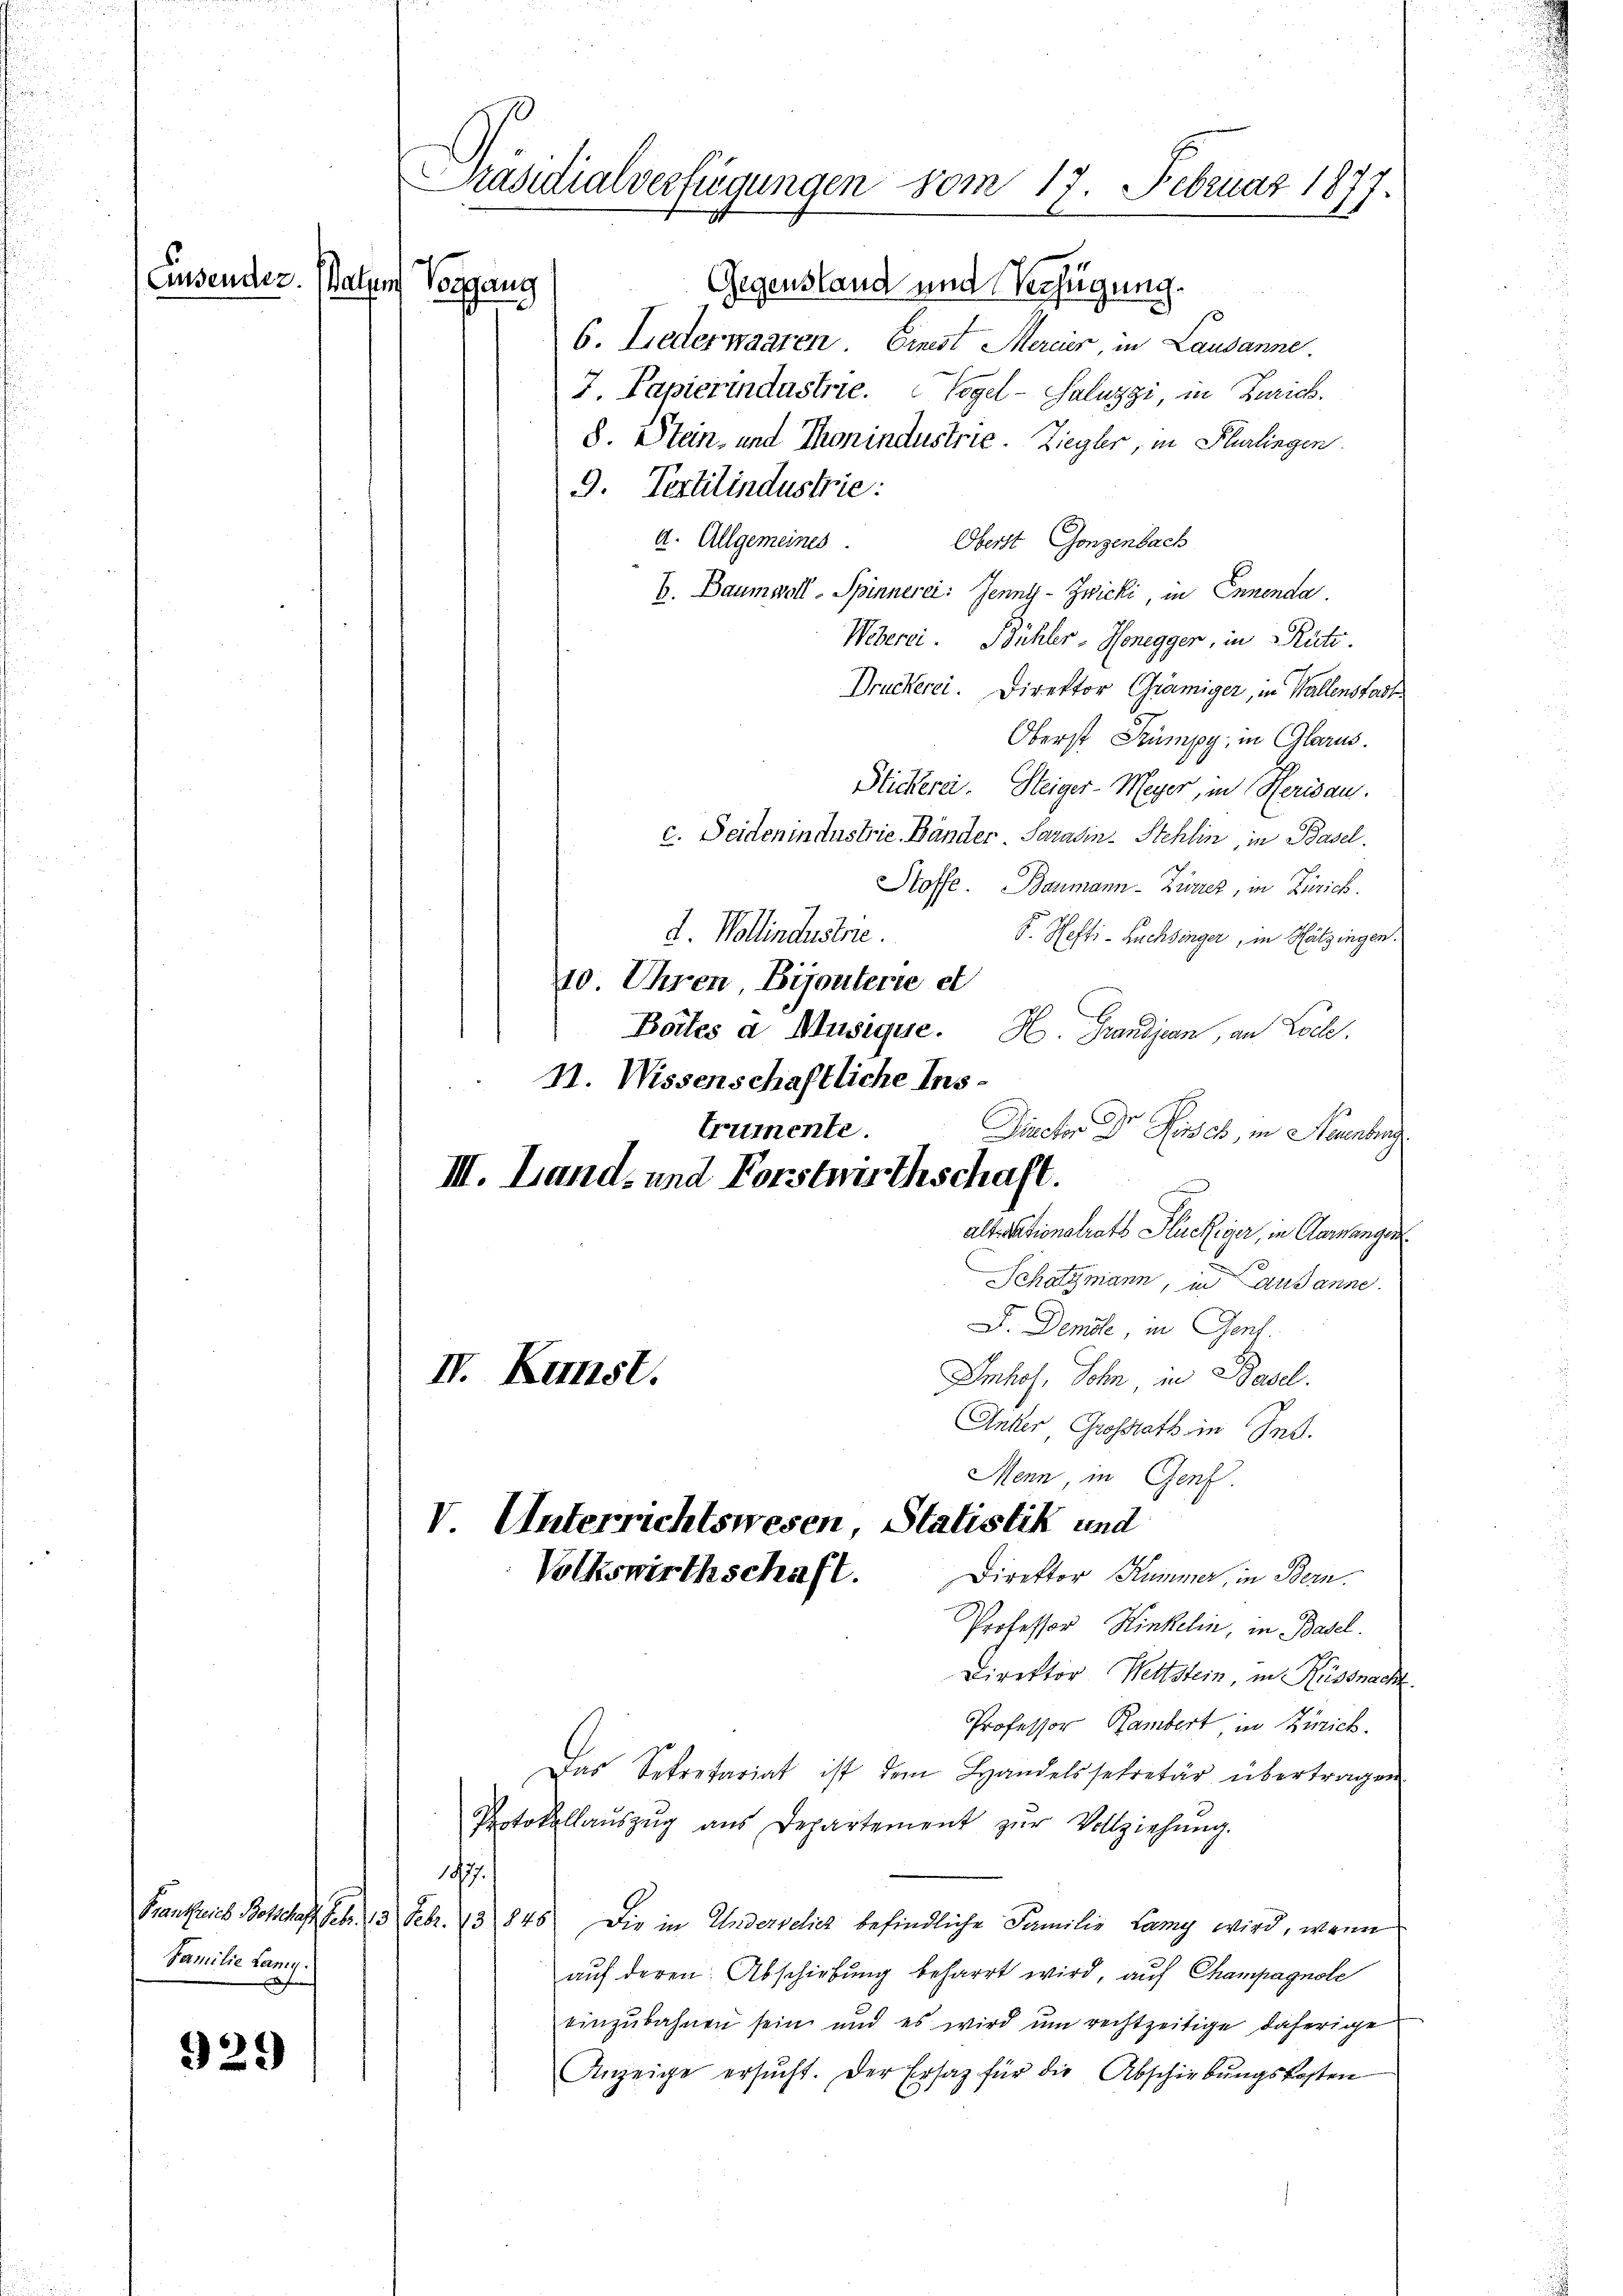
929

Familie Lany.

Präsidialverfügungen vom 17. Februar 1877.
Einsender. Batzen Vorgang
Gegenstand und Verfügung.

6. Lederwaaren Ernest Mercier, in Lausanne.
7. Papierindustrie. Vogel-Saluzzi, in Zürich.
8. Stein, und Thronindustrie. Ziegler, in Flurlingen.
9. Pertitindustrie:
a. Allgemeines
Oberst Gonzenbach
E. Baumwoll-Spinnerei: Jenny-Zwicki, in Ennenda
Weberei. Bühler-Honegger, in Rütz.
Druckerei. Direktor Grämiger, in Wallenstadt
Oberst Stumpy, in Glarus.
Stickerei. Steiger-Meyer, in Herisau.
c. Seidenindustrie Bänder. Saradin Stehlin, in Basel.
Stoffe. Baumann-Zürrer, in Zürich.
d. Wollindustrie.
F. Hefti-Buchsinger, in Hitzingen.
210. Uhren, Bijouterie et
Boites à Musique. H. Grandjean, an Locke.
11. Wissenschaftliche Ins¬
III. Land- und Forstwirthschaft.
Schatzmann, in ausanne.
F. Denile, in Genf.
IV. Kunst.
Imhof, Sohn, in Basel.
Unter, Grossrath in Ing.
Menn, in Genf.
V. Unterrichtswesen, Statistik und
Volkswirthschaft.
Direktor Kummer, in Bern.
Professor Hinkelin, in Basel.
Direktor Wettstein, in Küssnach
Professor Rambert, in Zürich.
Das Sekretariat ist dem Handelssekretär übertragen
Protokollaŭszŭg aŭs Departement zŭr Vollziehŭng.
197.
Frankreis Botschaft. Febr. 13 Febr. 13 848) Die in Undervelich befindliche Familie Lamy wird, wenn
aŭf deren Abschiebung beharrt wird, auf Champagnole
einzŭbahnen sein und es wird ŭm rechtzeitige daherige
Anzeige ersŭcht. Der Ersatz für die Abschiebungskosten

trumente.
Diector Dr. Fisch, in Neuenburg
alterationalrats Glückiger, in Garangen